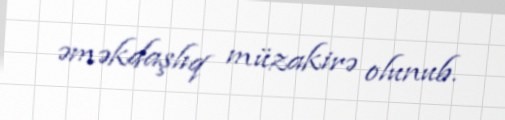
əməkdaşlıq müzakirə olunub.